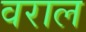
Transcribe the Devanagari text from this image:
वराल